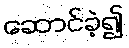
ဆောင်ခဲ့၍